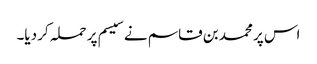
اس پر محمد بن قاسم نے سیسم پر حملہ کر دیا۔